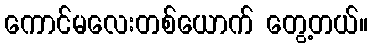
ကောင်မလေးတစ်ယောက် တွေ့တယ်။